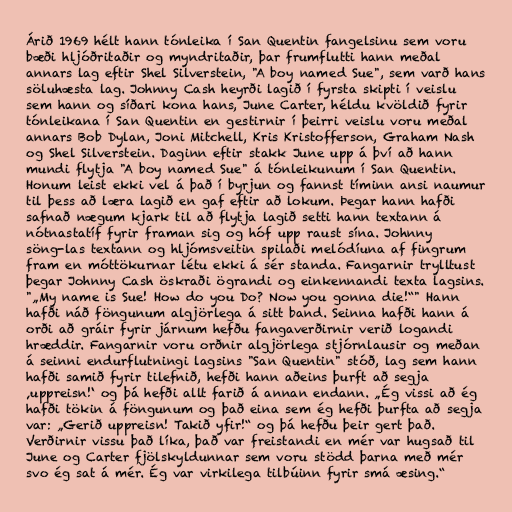
Árið 1969 hélt hann tónleika í San Quentin fangelsinu sem voru
bæði hljóðritaðir og myndritaðir, þar frumflutti hann meðal
annars lag eftir Shel Silverstein, "A boy named Sue", sem varð hans
söluhæsta lag. Johnny Cash heyrði lagið í fyrsta skipti í veislu
sem hann og síðari kona hans, June Carter, héldu kvöldið fyrir
tónleikana í San Quentin en gestirnir í þeirri veislu voru meðal
annars Bob Dylan, Joni Mitchell, Kris Kristofferson, Graham Nash
og Shel Silverstein. Daginn eftir stakk June upp á því að hann
mundi flytja "A boy named Sue" á tónleikunum í San Quentin.
Honum leist ekki vel á það í byrjun og fannst tíminn ansi naumur
til þess að læra lagið en gaf eftir að lokum. Þegar hann hafði
safnað nægum kjark til að flytja lagið setti hann textann á
nótnastatíf fyrir framan sig og hóf upp raust sína. Johnny
söng-las textann og hljómsveitin spilaði melódíuna af fingrum
fram en móttökurnar létu ekki á sér standa. Fangarnir trylltust
þegar Johnny Cash öskraði ögrandi og einkennandi texta lagsins.
"„My name is Sue! How do you Do? Now you gonna die!“" Hann
hafði náð föngunum algjörlega á sitt band. Seinna hafði hann á
orði að gráir fyrir járnum hefðu fangaverðirnir verið logandi
hræddir. Fangarnir voru orðnir algjörlega stjórnlausir og meðan
á seinni endurflutningi lagsins "San Quentin" stóð, lag sem hann
hafði samið fyrir tilefnið, hefði hann aðeins þurft að segja
‚uppreisn!‘ og þá hefði allt farið á annan endann. „Ég vissi að ég
hafði tökin á föngunum og það eina sem ég hefði þurfta að segja
var: „Gerið uppreisn! Takið yfir!“ og þá hefðu þeir gert það.
Verðirnir vissu það líka, það var freistandi en mér var hugsað til
June og Carter fjölskyldunnar sem voru stödd þarna með mér
svo ég sat á mér. Ég var virkilega tilbúinn fyrir smá æsing.“